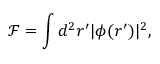
\mathcal { F } = \int d ^ { 2 } \boldsymbol { r ^ { \prime } } | \phi ( \boldsymbol { r ^ { \prime } } ) | ^ { 2 } ,